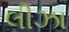
લીઝા